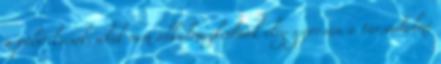
a politikusok, akik nem alkalmazkodnak elég gyorsan a társadalmi